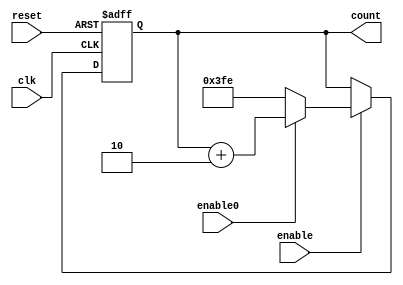
module counter_disable_b(reset,clk,enable,count,enable0);
input reset,clk;
input enable;
input enable0;
output reg[9:0]count;

always@(posedge clk or posedge reset)
begin
if(reset) begin

count=10'd0;

end
else if(enable)
begin
if(enable0==0)
count=10'b1_1111_1111_0;
else if(enable0==1)
count=count+2;
end
else begin
count=count;
end

end

endmodule